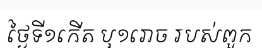
ថ្ងៃទី១កើត ឬ១រោច របស់ពួក